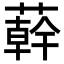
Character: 𦼮